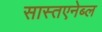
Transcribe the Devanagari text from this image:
सास्तएनेब्ल